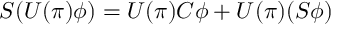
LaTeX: S ( U ( \pi ) \phi ) = U ( \pi ) C \phi + U ( \pi ) ( S \phi )